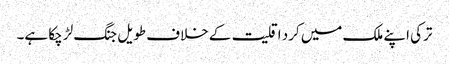
ترکی اپنے ملک میں کرد اقلیت کے خلاف طویل جنگ لڑ چکا ہے۔